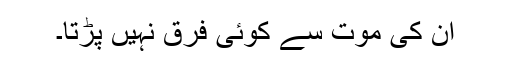
ان کی موت سے کوئی فرق نہیں پڑتا۔